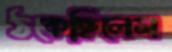
ঠকেছিলেম